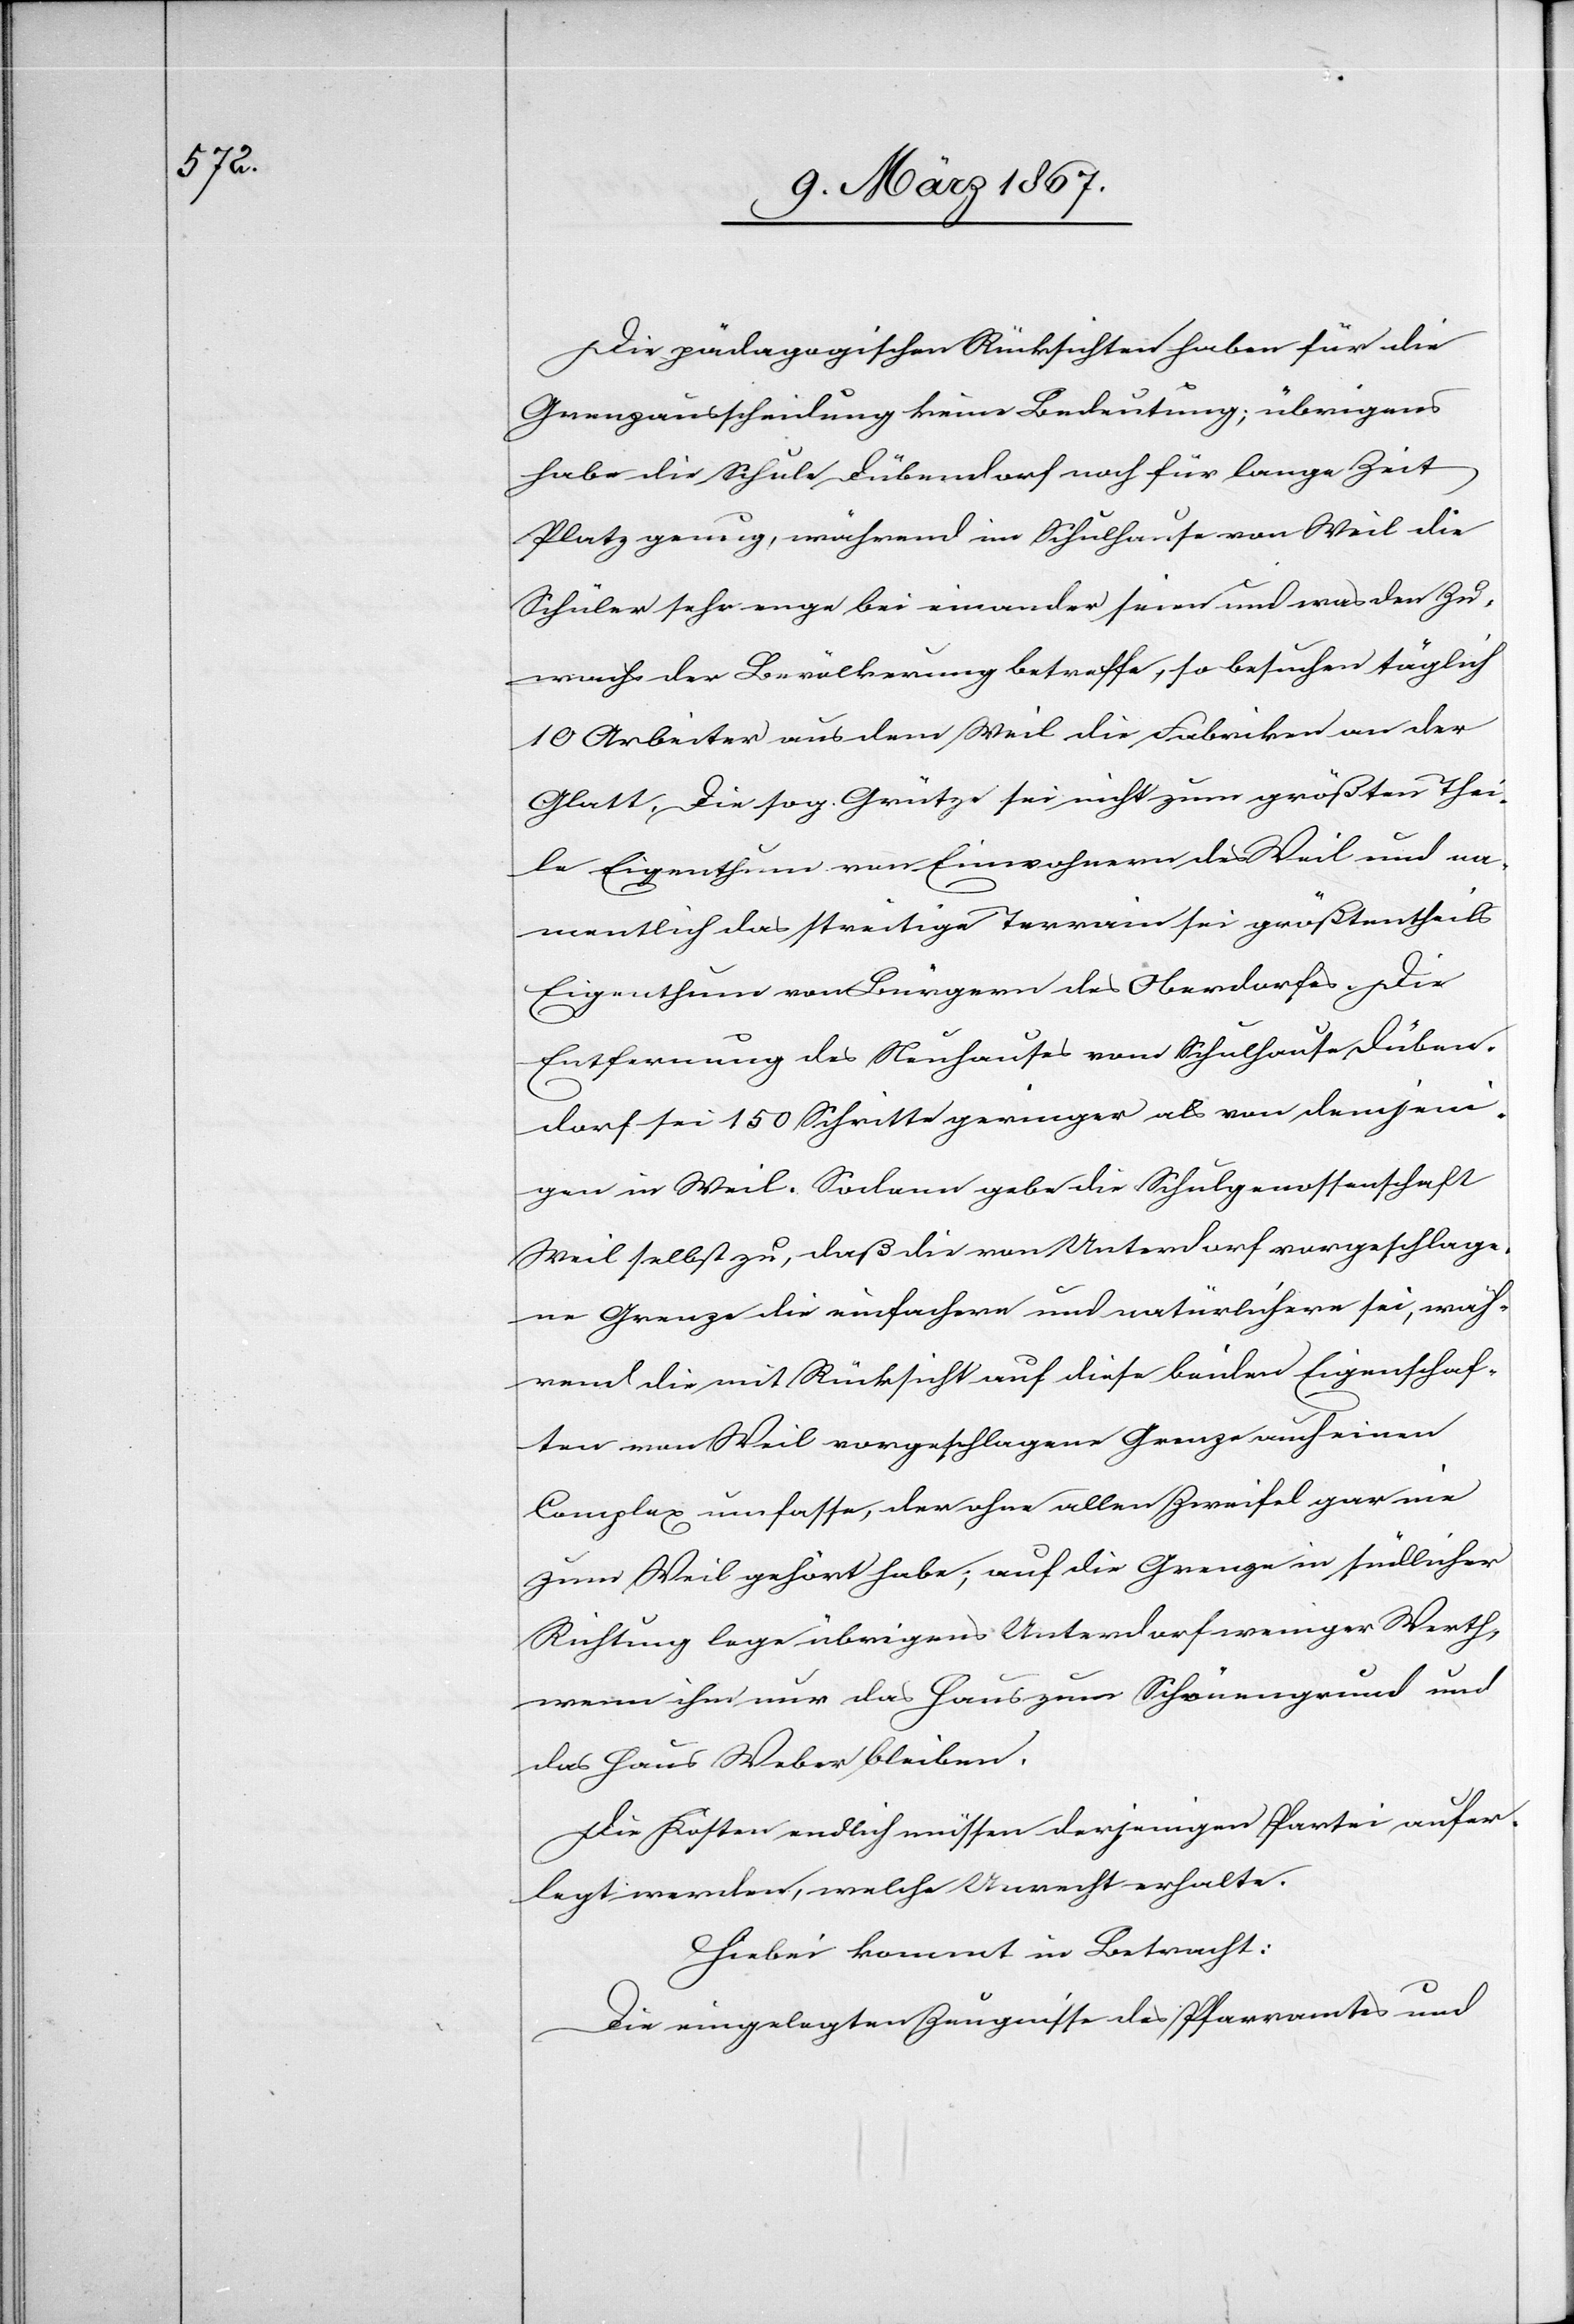
Die pädagogischen Rücksichten haben für die
Grenzausscheidung keine Bedeutung; übrigens
habe die Schule Dübendorf noch für lange Zeit
Platz genug, während im Schulhause von Weil die
Schüler sehr enge bei einander seien und was den Zu¬
wachs der Bevölkerung betreffe, so besuchen täglich
10 Arbeiter aus dem Weil die Fabriken an der
Glatt. Die sog. Grütze sei nicht zum größten Thei¬
le Eigenthum von Einwohnern des Weil und na¬
mentlich das streitige Terrain sei größtentheils
Eigenthum von Bürgern des Oberdorfes. Die
Entfernung des Neuhauses vom Schulhause Düben¬
dorf sei 150 Schritte geringer als von demjeni¬
gen in Weil. Sodann gebe die Schulgenossenschaft
Weil selbst zu, daß die von Unterdorf vorgeschlage¬
ne Grenze die einfachere und natürlichere sei, wäh¬
rend die mit Rücksicht auf diese beiden Eigenschaf¬
ten von Weil vorgeschlagene Grenze auch einen
Complex umfasse, der ohne allen Zweifel gar nie
zum Weil gehört habe; auf die Grenze in südlicher
Richtung lege übrigens Unterdorf weniger Werth,
wenn ihm nur das Haus zum Schönengrund und
das Haus Weber bleiben.
Die Kosten endlich müssen derjenigen Partei aufer¬
legt werden, welche Unrecht erhalte.
Hiebei kommt in Betracht:
Die eingelegten Zeugnisse des Pfarramtes und